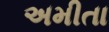
અમીતા